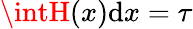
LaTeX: \intH(x)\mathrm{d}x=\tau